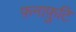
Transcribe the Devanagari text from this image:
फ़नाफ़ुटि